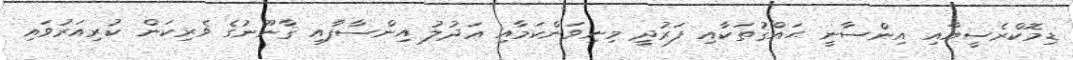
ޑިމޮކްރެސީއާއި އިންސާނީ ޙައްޤުތަކާއި ފަރުދީ މިނިވަންކަމާއި ޢަދުލު އިންސާފާއި ޤާނޫނުގެ ވެރިކަން ކުރިއަރުވައި